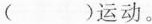
( )运动。